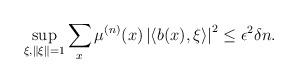
LaTeX: \begin{align*}\sup_{\xi,\left\Vert \xi\right\Vert =1}\sum_{x}\mu^{(n)}(x)\left|\left\langle b(x),\xi\right\rangle \right|^{2}\le\epsilon^{2}\delta n.\end{align*}